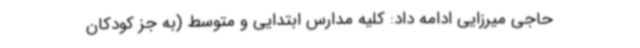
حاجی میرزایی ادامه داد: کلیه مدارس ابتدایی و متوسط (به جز کودکان